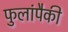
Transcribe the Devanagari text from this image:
फुलांपैकी